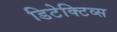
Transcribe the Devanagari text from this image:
डिटेक्टिव्स